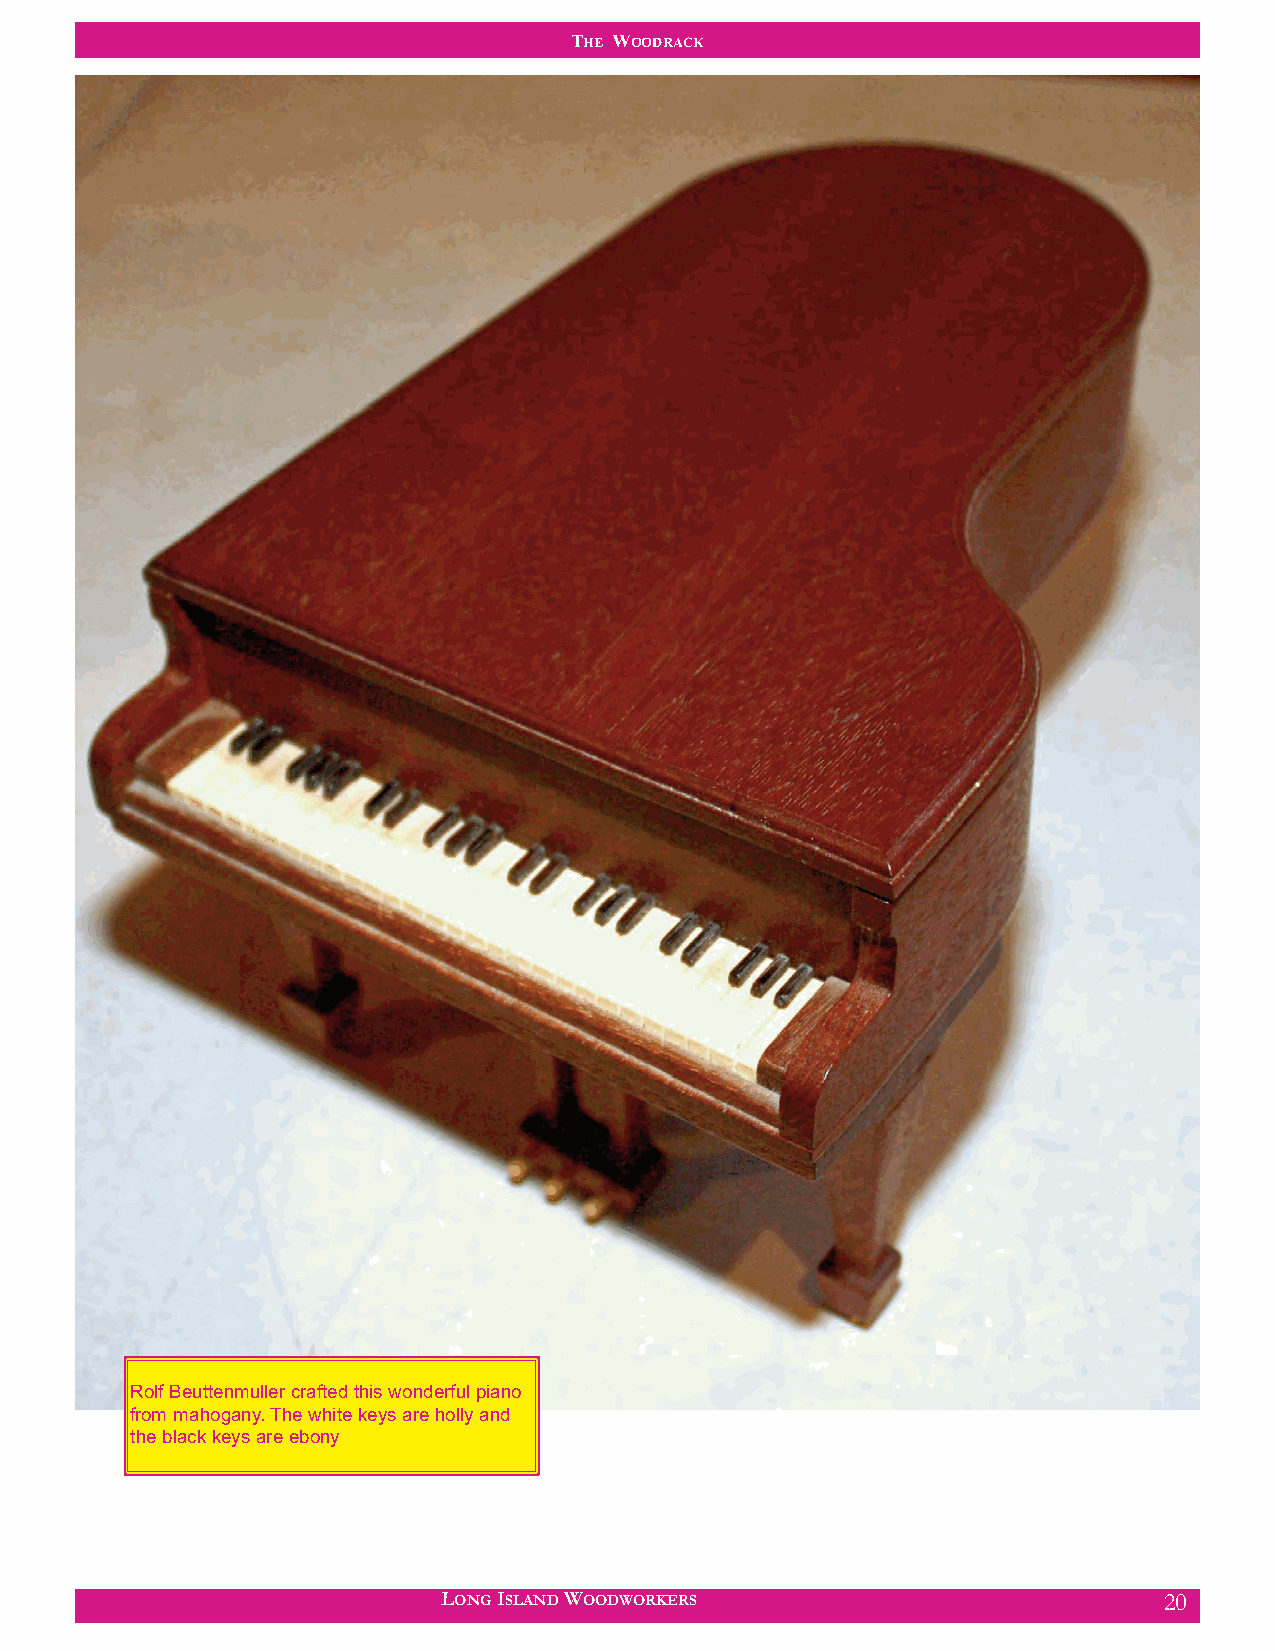
THE WOODRACK
 Rolf Beuttenmuller crafted this wonderful piano
 from mahogany. The white keys are holly and
 the black keys are ebony
 LONG ISLAND WOODWORKERS                         20